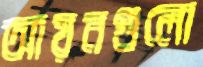
আয়নগুলো